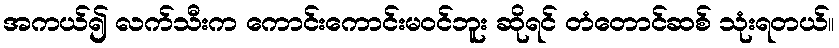
အကယ်၍ လက်သီးက ကောင်းကောင်းမဝင်ဘူး ဆိုရင် တံတောင်ဆစ် သုံးရတယ်။